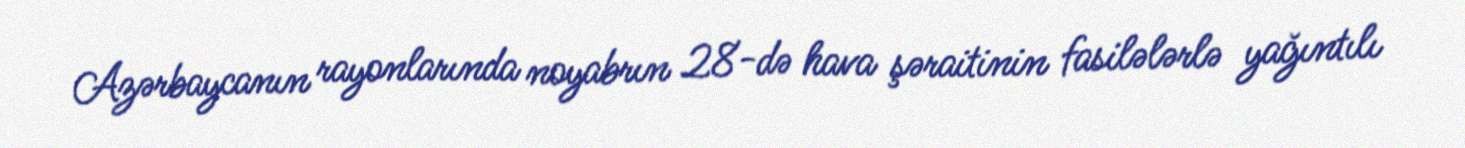
Azərbaycanın rayonlarında noyabrın 28-də hava şəraitinin fasilələrlə yağıntılı